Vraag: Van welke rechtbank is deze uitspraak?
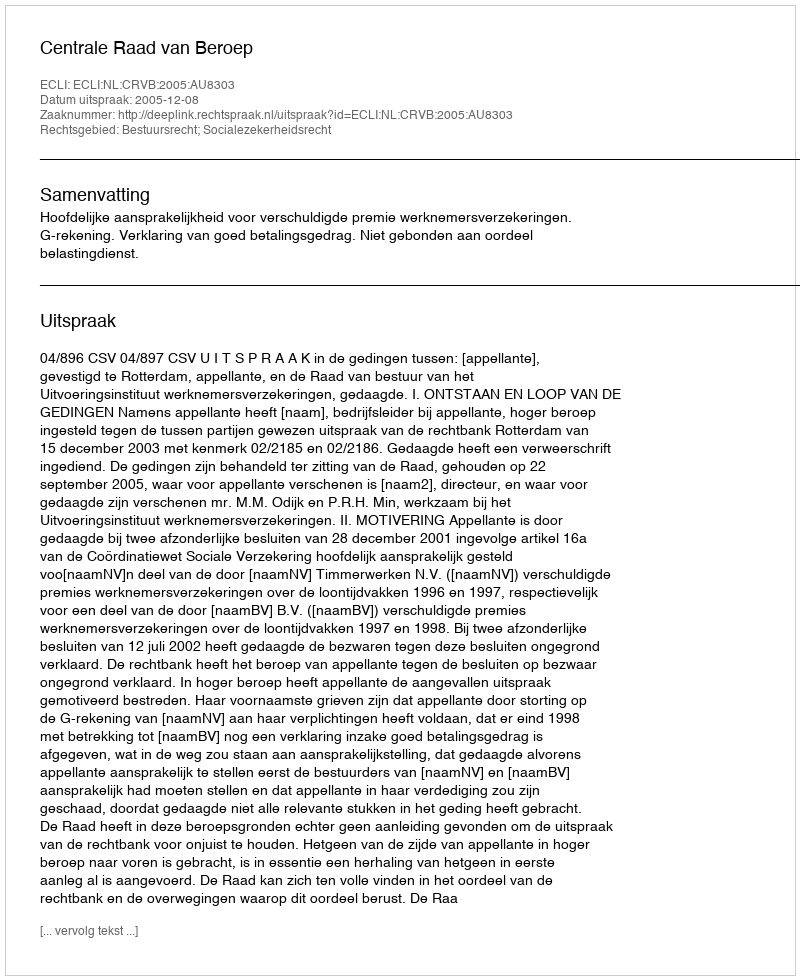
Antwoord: Centrale Raad van Beroep